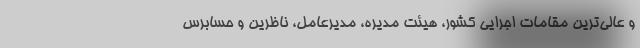
و عالی‌ترین مقامات اجرایی کشور، هیئت مدیره، مدیرعامل، ناظرین و حسابرس